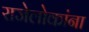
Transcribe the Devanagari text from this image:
राजेलोकांना